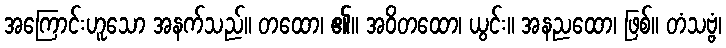
အကြောင်းဟူသော အနက်သည်။ တထော၊ ၏။ အဝိတထော၊ ယွင်း။ အနညထော၊ ဖြစ်။ တံသဗ္ဗံ၊